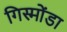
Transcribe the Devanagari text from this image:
गिस्मोंडा